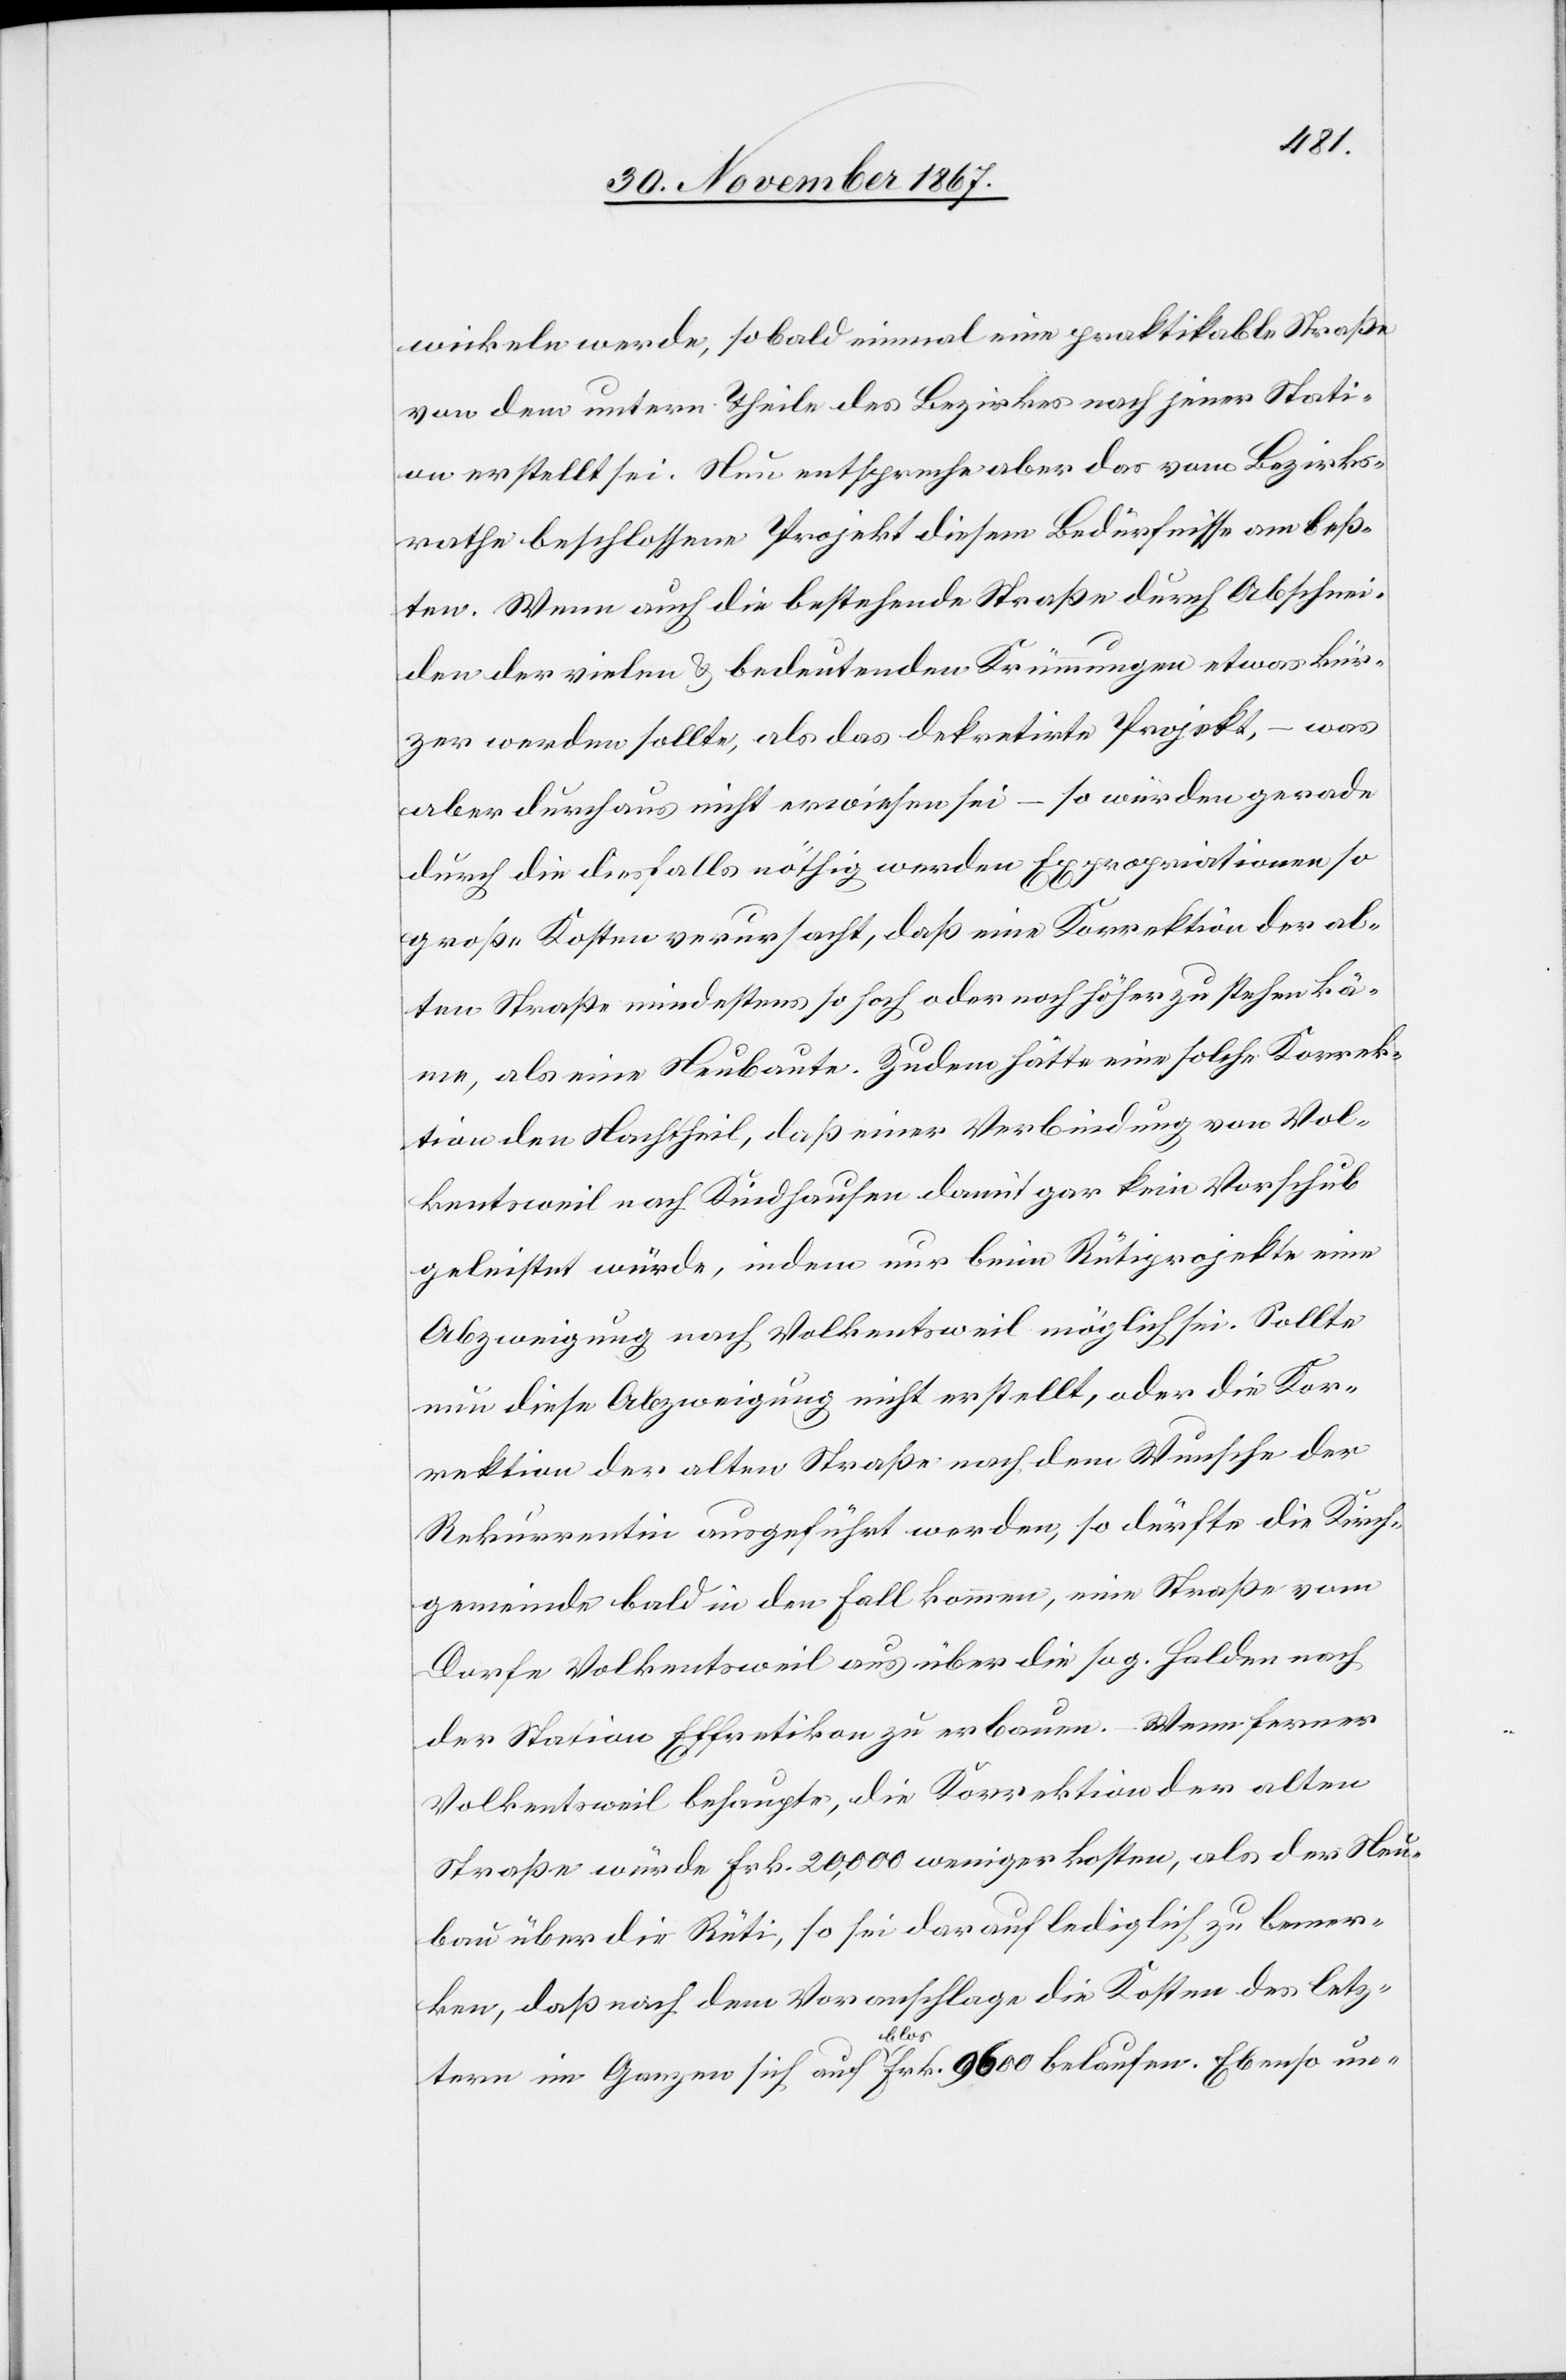
wickeln werde, sobald einmal eine praktikable Straße
von dem untern Theile des Bezirkes nach jener Stati¬
on erstellt sei. Nun entspreche aber das vom Bezirks¬
rathe beschlossene Projekt diesem Bedürfnisse am beß¬
ten. Wenn auch die bestehende Straße durch Abschnei¬
den der vielen u. bedeutenden Krümmungen etwas kür¬
zer werden sollte, als das dekretirte Projekt, – was
aber durchaus nicht erwiesen sei – so würden gerade
durch die diesfalls nöthig werden[den] Expropriationen so
große Kosten verursacht, daß eine Korrektion der al¬
ten Straße mindestens so hoch oder noch höher zu stehen kä¬
me, als eine Neubaute. Zudem hätte eine solche Korrek¬
tion den Nachtheil, daß einer Verbindung von Vol¬
kentsweil nach Kindhausen damit gar kein Vorschub
geleistet würde, indem nur beim Rütiprojekte eine
Abzweigung nach Volkentsweil möglich sei. Sollte
nun diese Abzweigung nicht erstellt, oder die Kor¬
rektion der alten Straße nach dem Wunsche der
Rekurrentin ausgeführt werden, so dürfte die Kirch¬
gemeinde bald in den Fall kommen, eine Straße vom
Dorfe Volkentsweil aus über die sog. Halden nach
der Station Effretikon zu erbauen. – Wenn ferner
Volkentsweil behaupte, die Korrektion der alten
Straße würde Frk. 20 000 weniger kosten, als der Neu¬
bau über die Rüti, so sei darauf lediglich zu bemer¬
ken, daß nach dem Voranschlag die Kosten des letz¬
tern im Ganzen sich auf blos Frk. 9600 belaufen. Ebenso un-